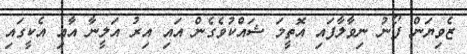
ޒެވިޔަން ފޯނު ނިވާލާފައި އޮތީމަ ޝައްކުވެގެން އައި އިރު އަލީނާ އާއި އެކީގައި